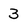
Character: 3